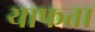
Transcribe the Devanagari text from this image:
याफता